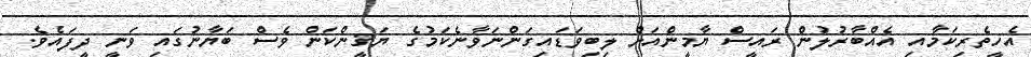
އެހީތެރިކަމާއި އެއްބާރުލުން ރައީސް ޔާމީންއަށް ލިބިވަޑައިގަންނަވާނެކަމުގެ ޔަޤީންކަން ވެސް ބަޔާނުގައި ވަނީ ދީފައެވެ.